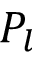
P _ { l }